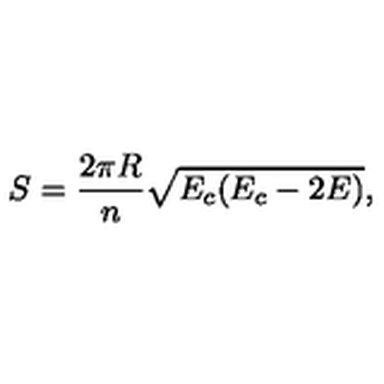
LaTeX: S = \frac { 2 \pi R } { n } \sqrt { E _ { c } ( E _ { c } - 2 E ) } ,